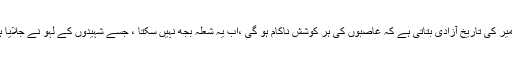
کشمیر کی تاریخِ آزادی بتاتی ہے کہ غاصبوں کی ہر کوشش ناکام ہو گی ،اب یہ شعلہ بجھ نہیں سکتا ، جسے شہیدوں کے لہو نے جلایا ہے۔